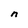
Character: n